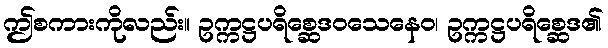
ဤစကားကိုလည်း။ ဥက္ကဋ္ဌပရိစ္ဆေဒဝသေနေဝ၊ ဥက္ကဋ္ဌပရိစ္ဆေဒ၏